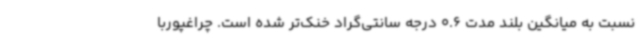
نسبت به میانگین بلند مدت 0.6 درجه سانتی‌گراد خنک‌تر شده است. چراغپوربا